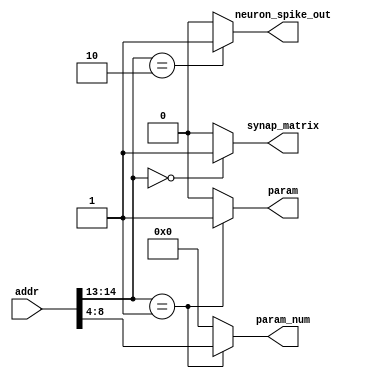
module AddressDecoder (
    input [31:0] addr,
    output reg synap_matrix,
    output reg [4:0] param_num,   // Will be valid only if address is in param range
    output reg neuron_spike_out,
    output reg param
);

    always @(addr) begin
        // Default outputs to 0
        synap_matrix = 0;
        param = 0;
        param_num = 5'b0;
        neuron_spike_out = 0;

        // Decode based on addr[14:13]
        case(addr[14:13])
            2'b00: synap_matrix = 1;
            2'b01: begin
                param = 1;
                param_num = addr[8:4];
            end
            2'b10: neuron_spike_out = 1;
            default: ; // Do nothing, outputs remain 0
        endcase
    end

endmodule